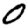
Digit: 0